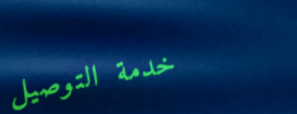
خدمة التوصيل